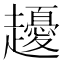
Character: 𧾤